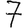
Digit: 7